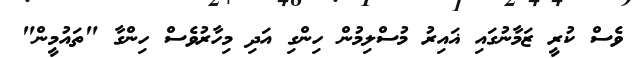
ވެސް ކުރީ ޒަމާނުގައި ޣައިރު މުސްލިމުން ހިންގި އަދި މިހާރުވެސް ހިންގާ "ތައުމީން"